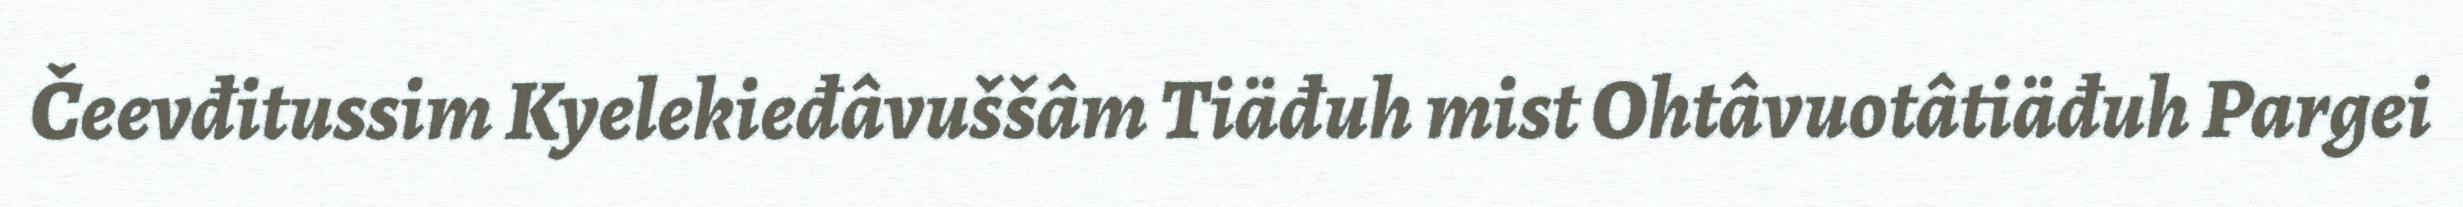
Čeevđitussim Kyelekieđâvuššâm Tiäđuh mist Ohtâvuotâtiäđuh Pargei